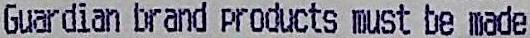
GUARDIAN BRAND PRODUCTS MUST BE MADE